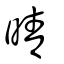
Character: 晴